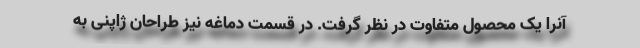
آنرا یک محصول متفاوت در نظر گرفت. در قسمت دماغه نیز طراحان ژاپنی به